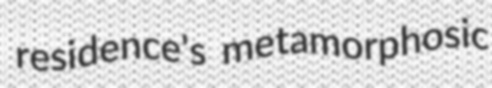
residence's metamorphosic